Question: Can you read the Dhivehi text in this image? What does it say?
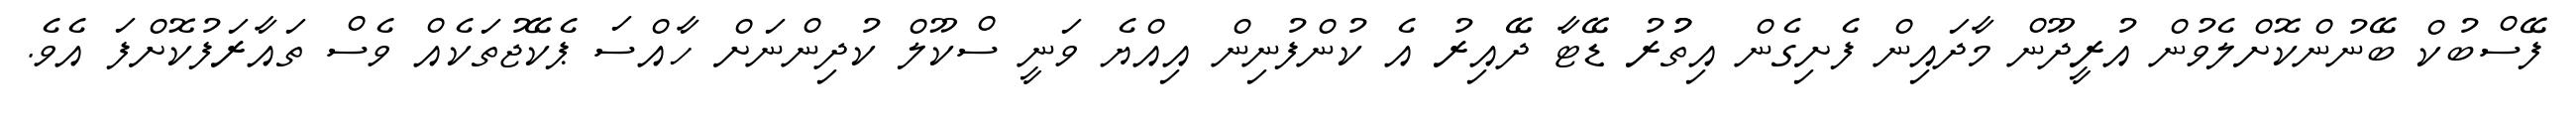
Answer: ފޭސްބުކް ބޭނުންކޮށްލެވުން އުރީދޫން މާދައިން ފެށިގެން އިތުުރު ޑޭޓާ ދޭއިރު އެ ކުންފުނިން އިއްޔެ ވަނީ ސްކޫލް ކުދިންނަށް ހާއްސަ ޕެކޭޖުތަކެއް ވެސް ތައާރަފުކޮށްފަ އެވެ.